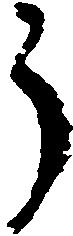
ら